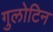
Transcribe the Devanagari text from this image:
गुलोटिन